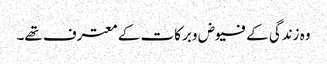
وہ زندگی کے فیوض و برکات کے معترف تھے۔